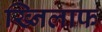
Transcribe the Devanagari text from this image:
ख्निलाफ